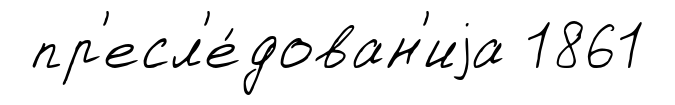
пр'есл'е́дован'иjа 1861